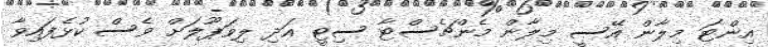
އިންޓަ މިލާން އޭސީ މިލާން މެންޗެސްޓާ ސިޓީ އަދި ލިވަޕޫލަށް ވެސް ކުޅެފައިވާ